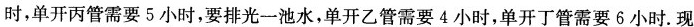
时，单开丙管需要5小时，要排光一池水，单开乙管需要4小时，单开丁管需要6小时。现